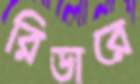
রিডারে